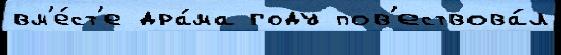
вм'е́ст'е дра́ма году пов'ествова́л